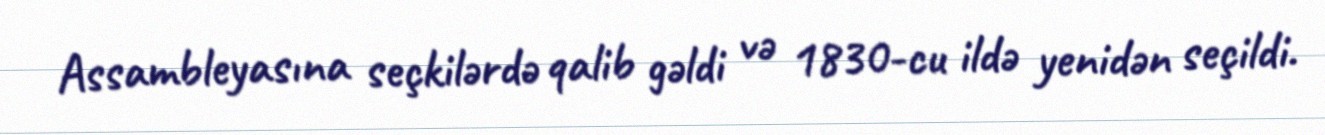
Assambleyasına seçkilərdə qalib gəldi və 1830-cu ildə yenidən seçildi.